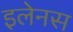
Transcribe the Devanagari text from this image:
इलेनस